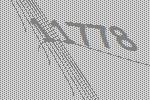
11778